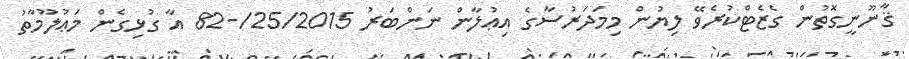
ޤާނޫނީގޮތުން ގެޒެޓްކުރެވޭ ލިޔުން މިމަދަރުސާގެ އިޢުލާން ނަންބަރު 25/2015/-82 އާ ގުޅިގެން މަޢުލޫމާތު